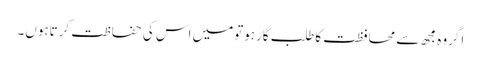
اگروہ مجھ سے محافظت کاطلب گارہوتومیں اس کی حفاظت کرتاہوں۔